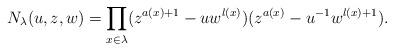
LaTeX: \begin{align*}N_{\lambda}(u,z,w)=\prod_{x\in\lambda}(z^{a(x)+1}-uw^{l(x)})(z^{a(x)}-u^{-1}w^{l(x)+1}).\end{align*}